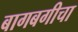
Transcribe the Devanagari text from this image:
बागबगीचा